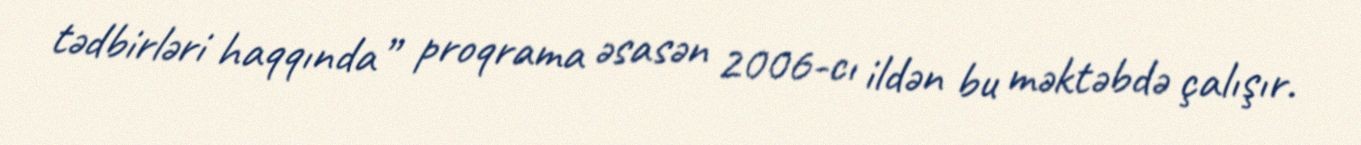
tədbirləri haqqında” proqrama əsasən 2006-cı ildən bu məktəbdə çalışır.